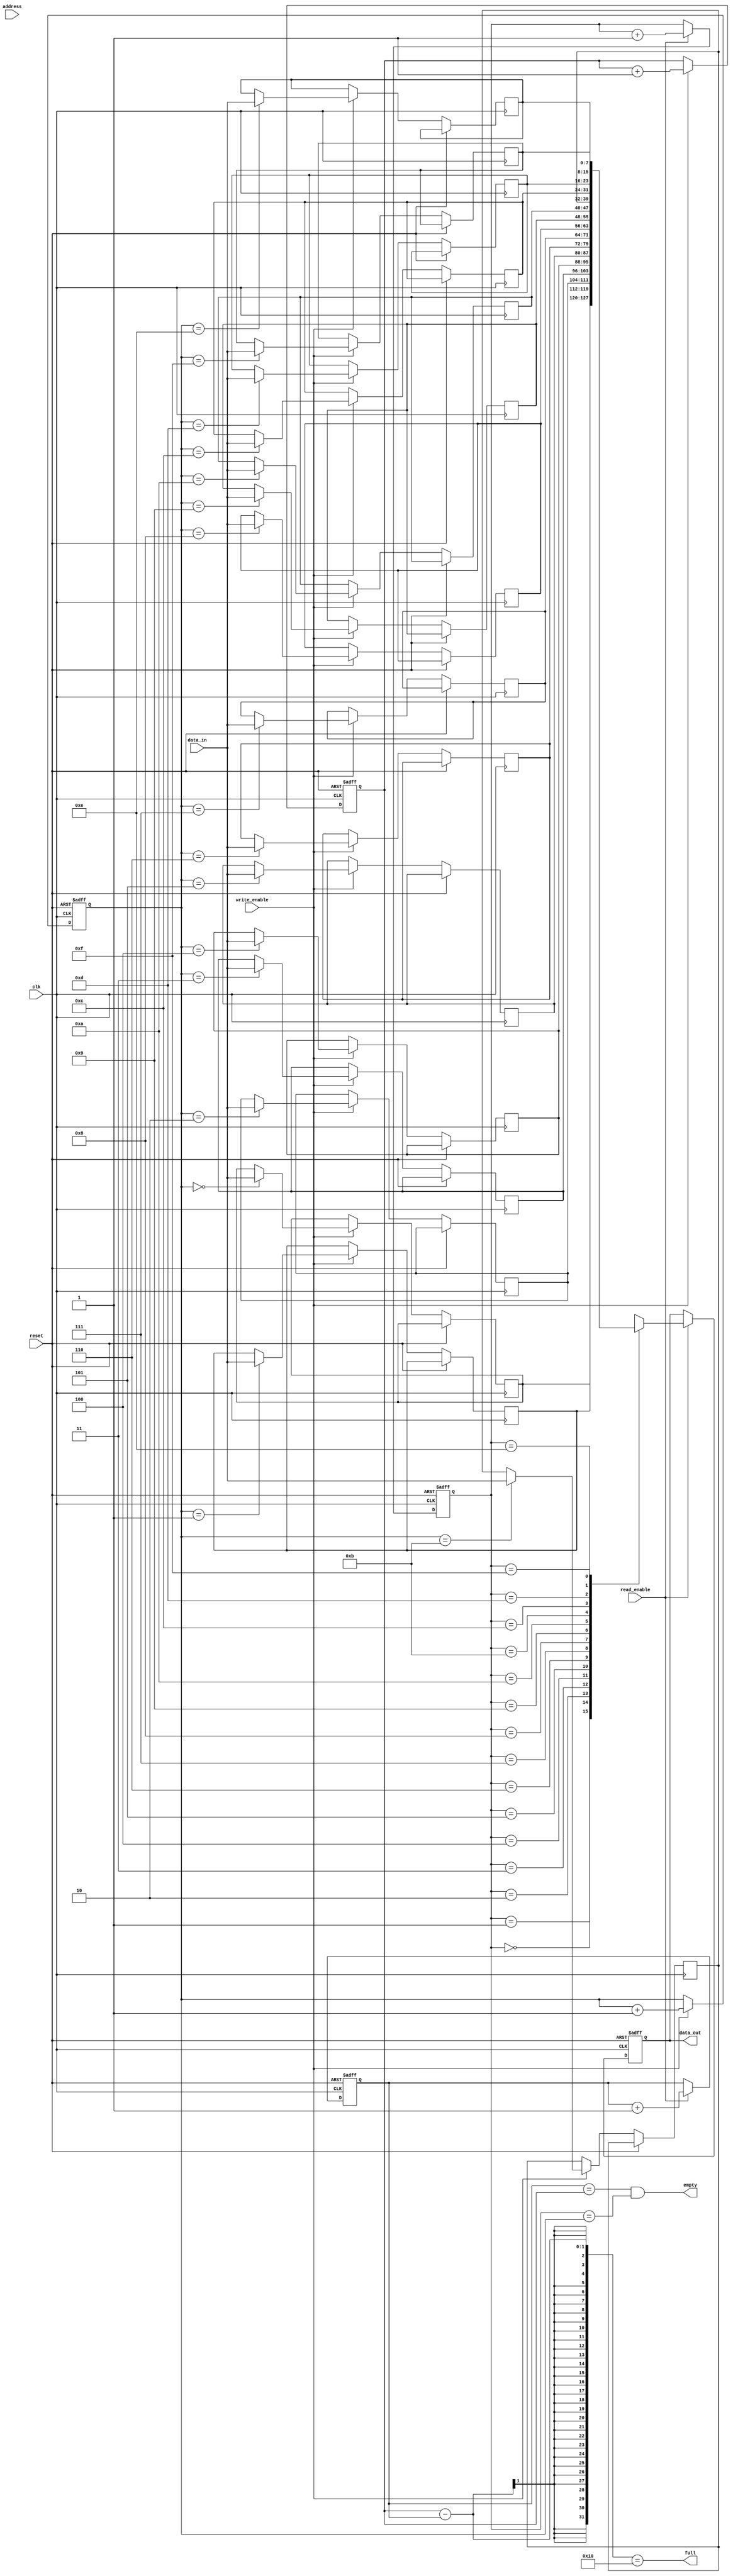
module dual_port_ram(
    input wire clk,
    input wire reset,
    input wire [7:0] data_in,
    input wire write_enable,
    input wire read_enable,
    input wire [3:0] address,
    output reg [7:0] data_out,
    output wire empty,
    output wire full
);

reg [7:0] ram [15:0];
reg [7:0] read_data;
reg [7:0] write_data;
reg [3:0] read_addr;
reg [3:0] write_addr;
reg read_ptr = 0;
reg write_ptr = 0;

always @(posedge clk or posedge reset) begin
    if (reset) begin
        read_addr <= 0;
        write_addr <= 0;
        read_data <= 8'b0;
        write_data <= 8'b0;
        read_ptr <= 0;
        write_ptr <= 0;
    end else begin
        if (read_enable) begin
            read_data <= ram[read_addr];
            read_addr <= read_addr + 1;
            read_ptr <= read_ptr + 1;
        end

        if (write_enable) begin
            ram[write_addr] <= data_in;
            write_data <= data_in;
            write_addr <= write_addr + 1;
            write_ptr <= write_ptr + 1;
        end
    end
end

assign data_out = read_data;
assign empty = (read_ptr == write_ptr) && (read_addr == write_addr);
assign full = (write_ptr - read_ptr) == 16;

endmodule